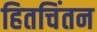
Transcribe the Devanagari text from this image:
हितचिंतन